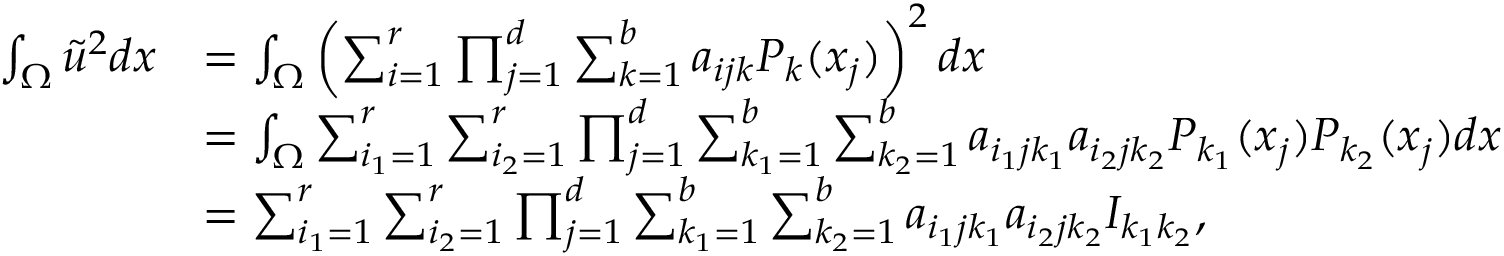
\begin{array} { r l } { \int _ { \Omega } \tilde { u } ^ { 2 } d x } & { = \int _ { \Omega } \left( \sum _ { i = 1 } ^ { r } \prod _ { j = 1 } ^ { d } \sum _ { k = 1 } ^ { b } a _ { i j k } P _ { k } ( x _ { j } ) \right) ^ { 2 } d x } \\ & { = \int _ { \Omega } \sum _ { i _ { 1 } = 1 } ^ { r } \sum _ { i _ { 2 } = 1 } ^ { r } \prod _ { j = 1 } ^ { d } \sum _ { k _ { 1 } = 1 } ^ { b } \sum _ { k _ { 2 } = 1 } ^ { b } a _ { i _ { 1 } j k _ { 1 } } a _ { i _ { 2 } j k _ { 2 } } P _ { k _ { 1 } } ( x _ { j } ) P _ { k _ { 2 } } ( x _ { j } ) d x } \\ & { = \sum _ { i _ { 1 } = 1 } ^ { r } \sum _ { i _ { 2 } = 1 } ^ { r } \prod _ { j = 1 } ^ { d } \sum _ { k _ { 1 } = 1 } ^ { b } \sum _ { k _ { 2 } = 1 } ^ { b } a _ { i _ { 1 } j k _ { 1 } } a _ { i _ { 2 } j k _ { 2 } } I _ { k _ { 1 } k _ { 2 } } , } \end{array}